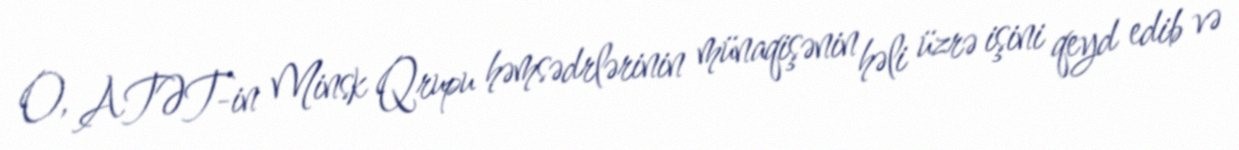
O, ATƏT-in Minsk Qrupu həmsədrlərinin münaqişənin həli üzrə işini qeyd edib və